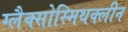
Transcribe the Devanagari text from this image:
ग्लैक्सोस्मिथक्लीन